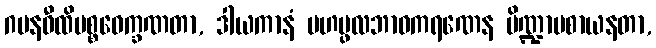
ဂမနဝီထိပစ္စဝေက္ခဏတာ, ဒါယကာနံ မဟပ္ဖလဘာဝကရဏေန ပိဏ္ဍာပစာယနတာ,